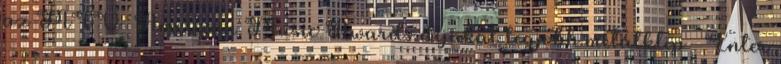
az MTV American Music Awards díjakat legjobb metálklip – Enter